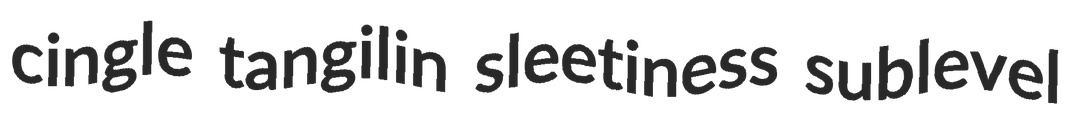
cingle tangilin sleetiness sublevel